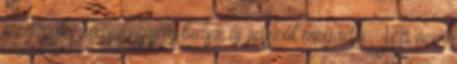
megírjuk, hogy hogyan tudsz új jelszót megadni. Ha nem